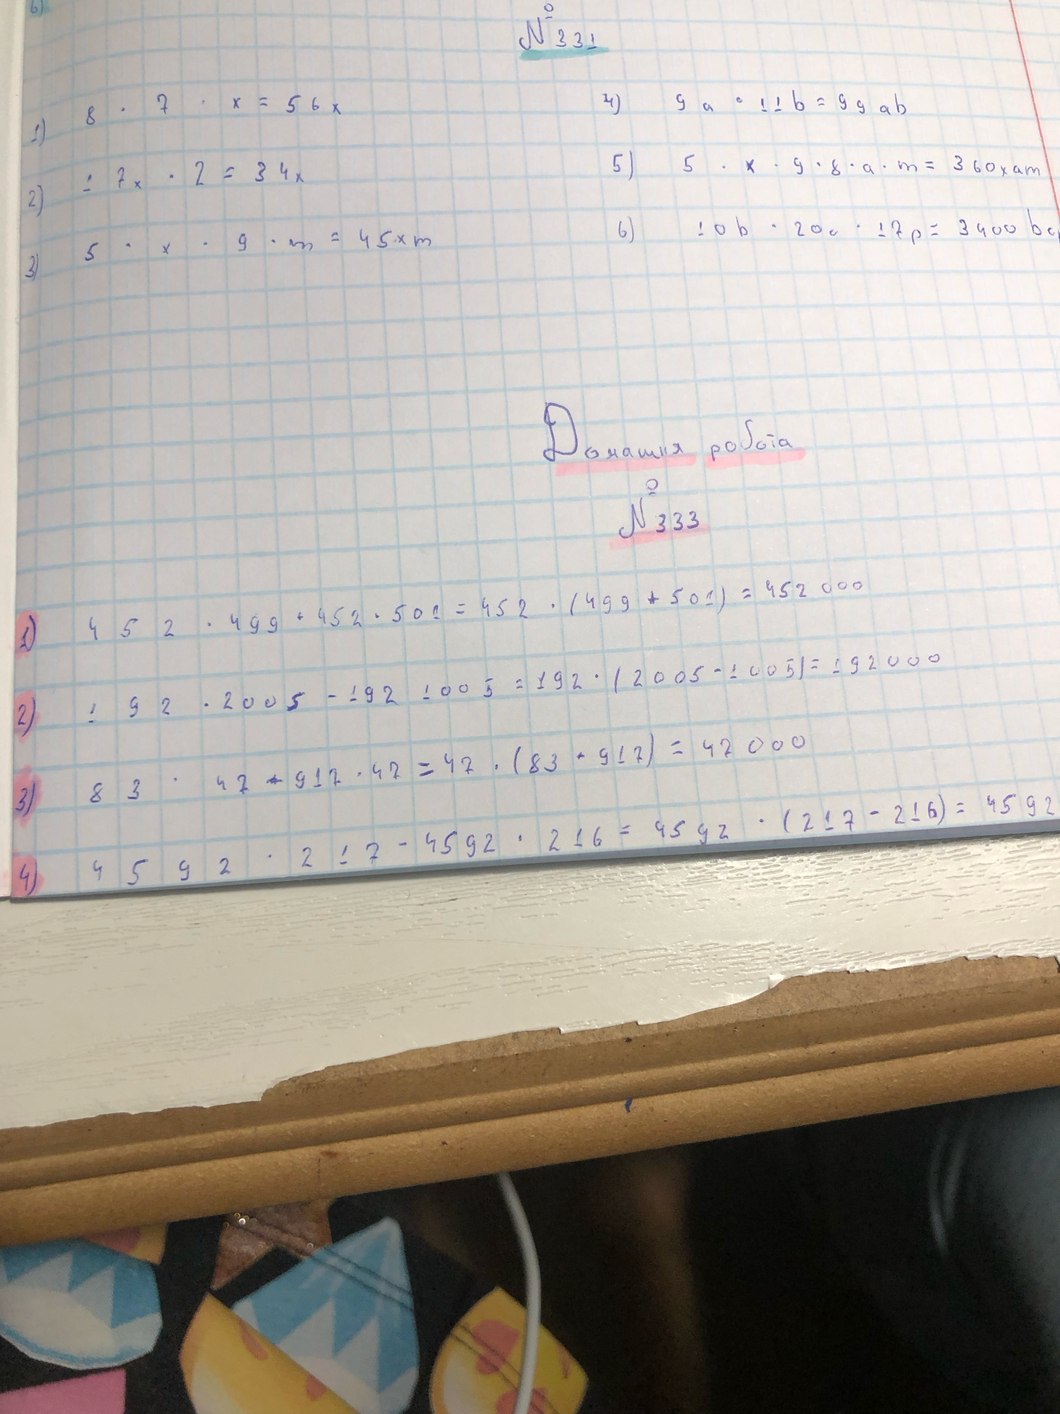
6)
№ 331
4) 9 a * 11 b = 99 ab
1) 8 *7 *x = 56 x
5) 5 · x · 9 · 8 · a · m =360 xam
2) 1 7x · 2 = 34x
6) 10b · 20c · 17p =3400bc
3) 5 · x · 9 · m =45·m
Домашня робота
№ 333
1) 452 · 499 + 452 · 501 = 452 · (499 + 501)=452000
2)  192 · 2005 - 192 · 1005 = 192 · (2005 - 1005) = 192000
3) 83 · 42 - 917 · 47 = 47 · (83 + 917) = 47000
3) 4592*217-4592*216=4592*(217-216)=4592